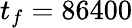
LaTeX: t_{f}=86400